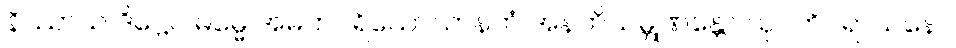
နိဿာယ ဒိဋ္ဌေဝ ဓမ္မေ အမတပရိယောသာနတံ အနဘိသမ္ဘုဏန္တော သုဂတိပရာယနော